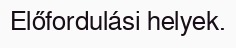
Előfordulási helyek.